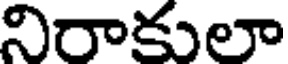
నిరాకులా